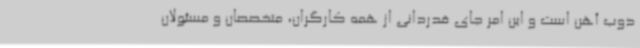
ذوب آهن است و این امر جای قدردانی از همه کارگران، متخصصان و مسئولان